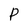
Character: P